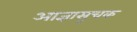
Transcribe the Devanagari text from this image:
आज्ञासूचक